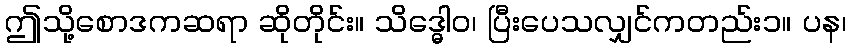
ဤသို့စောဒကဆရာ ဆိုတိုင်း။ သိဒ္ဓေါဝ၊ ပြီးပေသလျှင်ကတည်း၁။ ပန၊